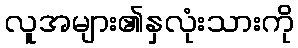
လူအများ၏နှလုံးသားကို